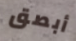
أبصق